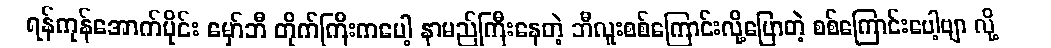
ရန်ကုန်အောက်ပိုင်း မှော်ဘီ တိုက်ကြီးကပေါ့ နာမည်ကြီးနေတဲ့ ဘီလူးစစ်ကြောင်းလို့ပြောတဲ့ စစ်ကြောင်းပေါ့ဗျာ လို့